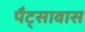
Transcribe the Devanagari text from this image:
पैट्सावास